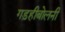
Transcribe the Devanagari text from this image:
गड़हीबोलनी